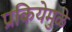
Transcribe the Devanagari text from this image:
प्रकियेमुळे